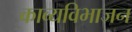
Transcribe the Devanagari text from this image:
काव्यविभाजन